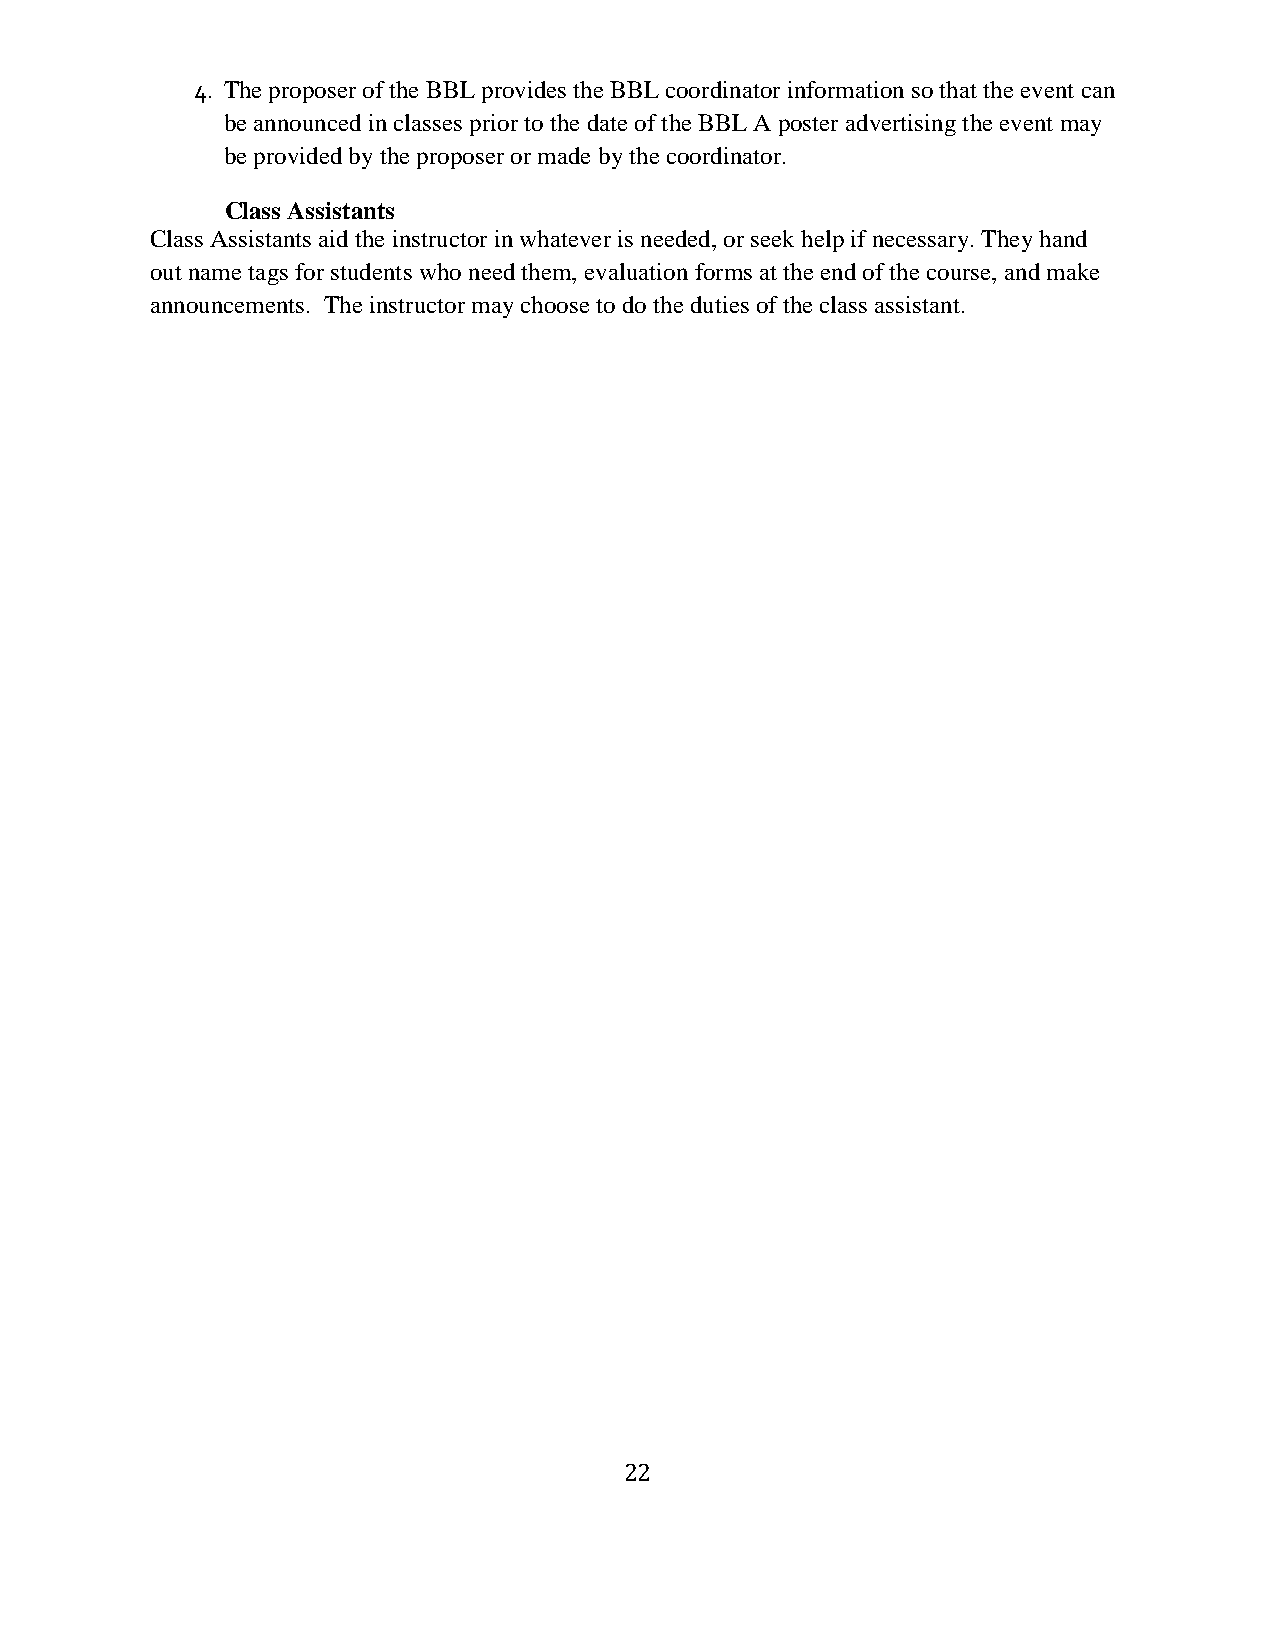
4. The proposer of the BBL provides the BBL coordinator information so that the event can
 be announced in classes prior to the date of the BBL A poster advertising the event may
 be provided by the proposer or made by the coordinator.
 Class Assistants
 Class Assistants aid the instructor in whatever is needed, or seek help if necessary. They hand
 out name tags for students who need them, evaluation forms at the end of the course, and make
 announcements. The instructor may choose to do the duties of the class assistant.
 22